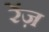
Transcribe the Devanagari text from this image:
रेंज़